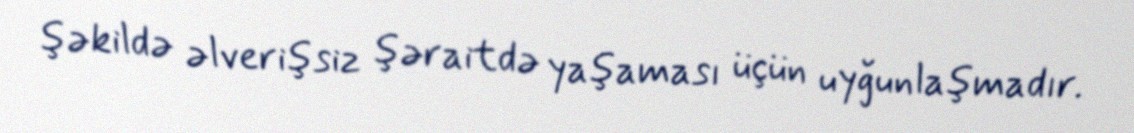
şəkildə əlverişsiz şəraitdə yaşaması üçün uyğunlaşmadır.